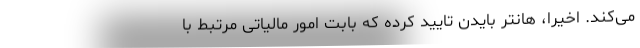
می‌کند. اخیرا، هانتر بایدن تایید کرده که بابت امور مالیاتی مرتبط با